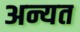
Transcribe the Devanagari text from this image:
अन्यत